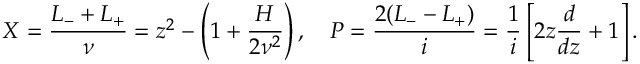
X = \frac { L _ { - } + L _ { + } } { \nu } = z ^ { 2 } - \left( 1 + \frac { H } { 2 \nu ^ { 2 } } \right) , ~ ~ ~ P = \frac { 2 ( L _ { - } - L _ { + } ) } { i } = \frac { 1 } { i } \left[ 2 z \frac { d } { d z } + 1 \right] .